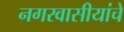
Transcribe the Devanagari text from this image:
नगरवासीयांचे